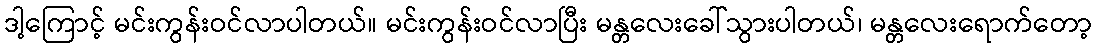
ဒါ့ကြောင့် မင်းကွန်းဝင်လာပါတယ်။ မင်းကွန်းဝင်လာပြီး မန္တလေးခေါ်သွားပါတယ်၊ မန္တလေးရောက်တော့